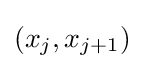
(x_{j},x_{j+1})